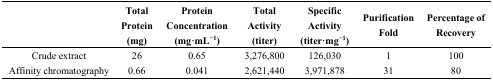
<table><thead><tr><td></td><td><b>Total Protein (mg)</b></td><td><b>Protein Concentration (mg·mL<sup>−1</sup>)</b></td><td><b>Total Activity (titer)</b></td><td><b>Specific Activity (titer·mg<sup>−1</sup>)</b></td><td><b>Purification Fold</b></td><td><b>Percentage of Recovery</b></td></tr></thead><tbody><tr><td>Crude extract</td><td>26</td><td>0.65</td><td>3,276,800</td><td>126,030</td><td>1</td><td>100</td></tr><tr><td>Affinity chromatography</td><td>0.66</td><td>0.041</td><td>2,621,440</td><td>3,971,878</td><td>31</td><td>80</td></tr></tbody></table>